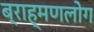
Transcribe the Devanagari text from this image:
ब्राह्मणलोग